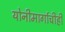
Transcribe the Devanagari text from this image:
योनीमार्गाचीही